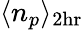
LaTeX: \langle n_{p}\rangle_{2\mathrm{hr}}